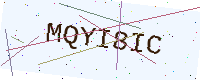
Text: MQYI8IC